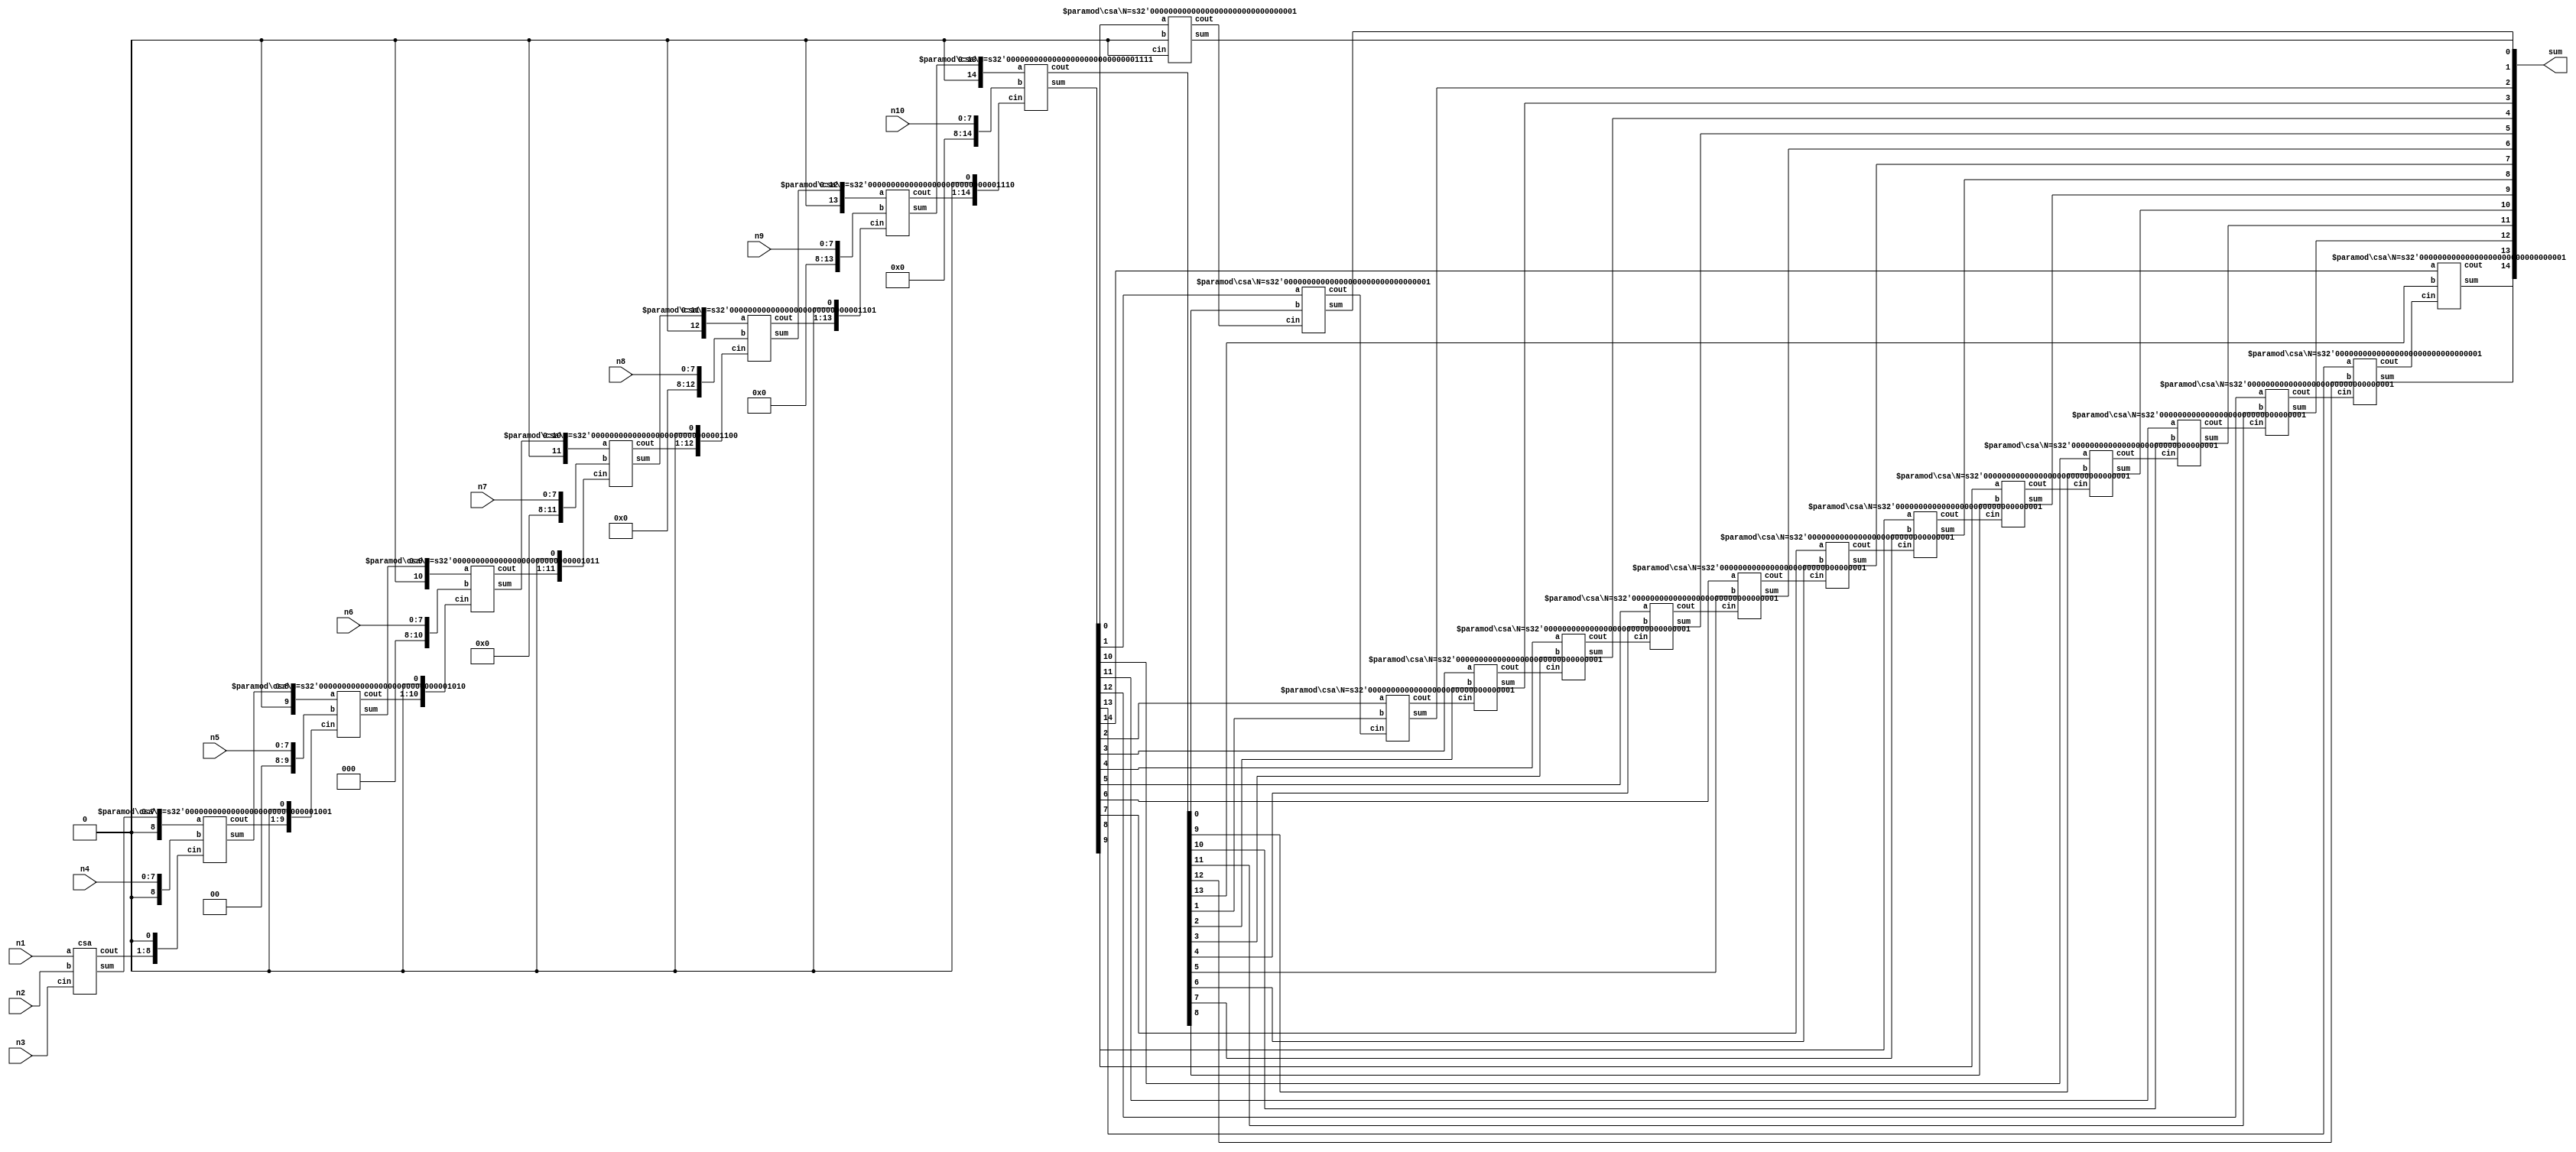
module q3_csa(sum,n1,n2,n3,n4,n5,n6,n7,n8,n9,n10);
	input[7:0] n1,n2,n3,n4,n5,n6,n7,n8,n9,n10;
	output[14:0] sum;
	wire sf0,sf1,sf2,sf3,sf4,sf5,sf6,sf7,sf8,sf9,sf10,sf11,sf12,sf13,sf14,
		co1,co2,co3,co4,co5,co6,co7,co8,co9,co10,co11,co12,co13,co14;
	wire [7:0]s1,c1;
	wire [8:0]s2,c2;
	wire [9:0]s3,c3;
	wire [10:0]s4,c4;
	wire [11:0]s5,c5;
	wire [12:0]s6,c6;
	wire [13:0]s7,c7;
	wire [14:0]s8,c8;

	csa csa1(s1,c1,n1,n2,n3);
	csa #(9) csa2(s2,c2,{1'b0,s1},{1'b0,n4},{c1,1'b0});
	csa #(10) csa3(s3,c3,{1'b0,s2},{2'b00,n5},{c2,1'b0});

	csa #(11) csa4(s4,c4,{1'b0,s3},{3'b000,n6},{c3,1'b0});
	csa #(12) csa5(s5,c5,{1'b0,s4},{4'b0000,n7},{c4,1'b0});
	csa #(13) csa6(s6,c6,{1'b0,s5},{5'b00000,n8},{c5,1'b0});
	csa #(14) csa7(s7,c7,{1'b0,s6},{6'b000000,n9},{c6,1'b0});
	csa #(15) csa8(s8,c8,{1'b0,s7},{7'b0000000,n10},{c7,1'b0});


	csa #(1) fa0(sf0,co0,s8[0],1'b0,1'b0);
	csa #(1) fa1(sf1,co1,s8[1],c8[0],co0);
	csa #(1) fa2(sf2,co2,s8[2],c8[1],co1);
	csa #(1) fa3(sf3,co3,s8[3],c8[2],co2);
	csa #(1) fa4(sf4,co4,s8[4],c8[3],co3);
	csa #(1) fa5(sf5,co5,s8[5],c8[4],co4);
	csa #(1) fa6(sf6,co6,s8[6],c8[5],co5);
	csa #(1) fa7(sf7,co7,s8[7],c8[6],co6);
	csa #(1) fa8(sf8,co8,s8[8],c8[7],co7);
	csa #(1) fa9(sf9,co9,s8[9],c8[8],co8);
	csa #(1) fa10(sf10,co10,s8[10],c8[9],co9);
	csa #(1) fa11(sf11,co11,s8[11],c8[10],co10);
	csa #(1) fa12(sf12,co12,s8[12],c8[11],co11);
	csa #(1) fa13(sf13,co13,s8[13],c8[12],co12);
	csa #(1) fa14(sf14,co14,s8[14],c8[13],co13);

	assign sum = {co14,sf14,sf13,sf12,sf11,sf10,sf9,sf8,sf7,sf6,sf5,sf4,sf3,sf2,sf1,sf0};

endmodule

module csa(sum,cout,a,b,cin);

	parameter N = 8;
	input [N-1:0]a,b,cin;
	output [N-1:0]cout,sum;

	assign sum = a ^ b ^ cin;
	assign cout = a & b | a & cin | b & cin;

endmodule